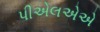
પીએલએએ